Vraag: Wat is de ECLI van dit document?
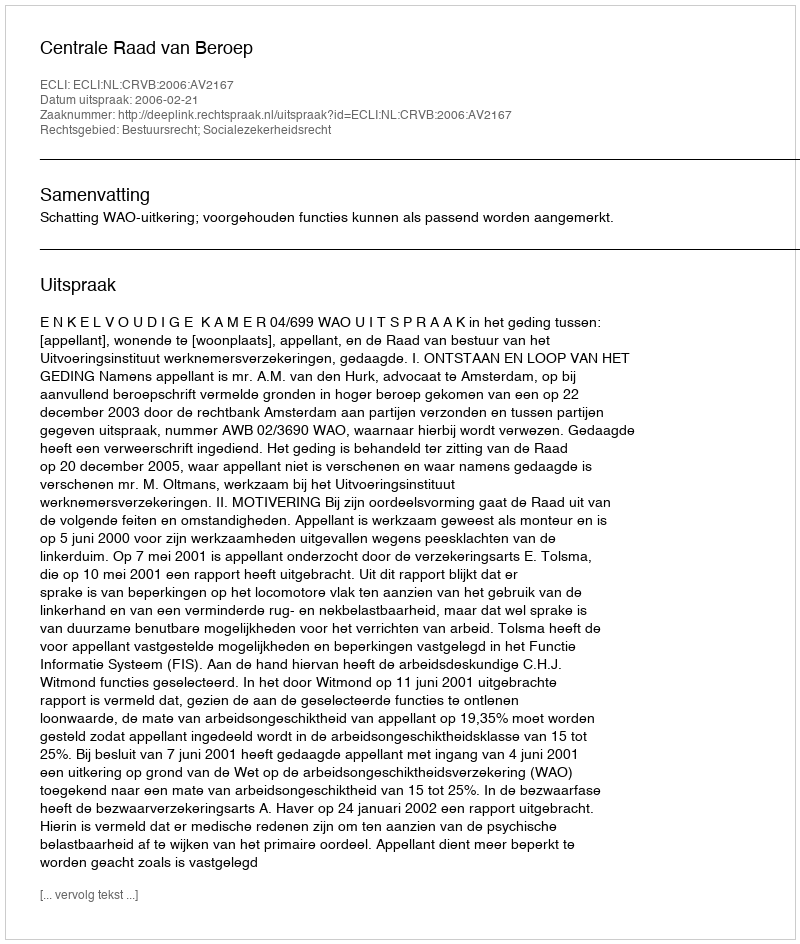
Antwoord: ECLI:NL:CRVB:2006:AV2167